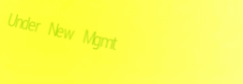
Under New Mgmt